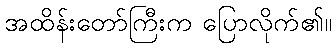
အထိန်းတော်ကြီးက ပြောလိုက်၏။